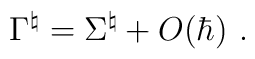
{\Gamma}^\natural={\Sigma}^\natural+O(\hbar)\,\,.